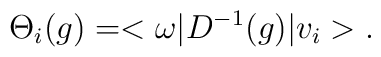
\Theta_i(g) = <\omega | D^{-1}(g) | v_i>.